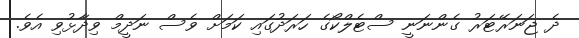
ދެ ޖަނަރޭޓަރު ގެންނަނީ ސްޓެލްކޯގެ ހަރަދުގައި ކަމަށް ވެސް ނަދީމް ވިދާޅުވި އެވެ.